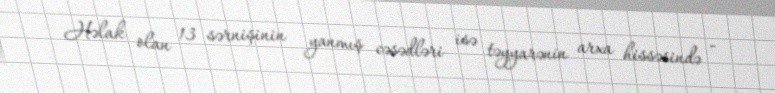
Həlak olan 13 sərnişinin yanmış cəsədləri isə təyyarənin arxa hissəsində -